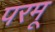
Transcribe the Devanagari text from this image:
परमू